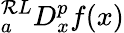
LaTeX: {}_{a}^{\mathcal{R}L}D_{x}^{p}f(x)